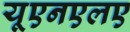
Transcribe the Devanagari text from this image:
यूएनएलए